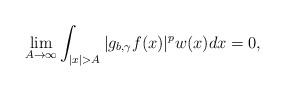
LaTeX: \begin{align*}\lim_{A\rightarrow\infty}\int_{|x|>A}|g_{b,\gamma}f(x)|^pw(x)dx=0,\end{align*}